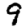
Digit: 9